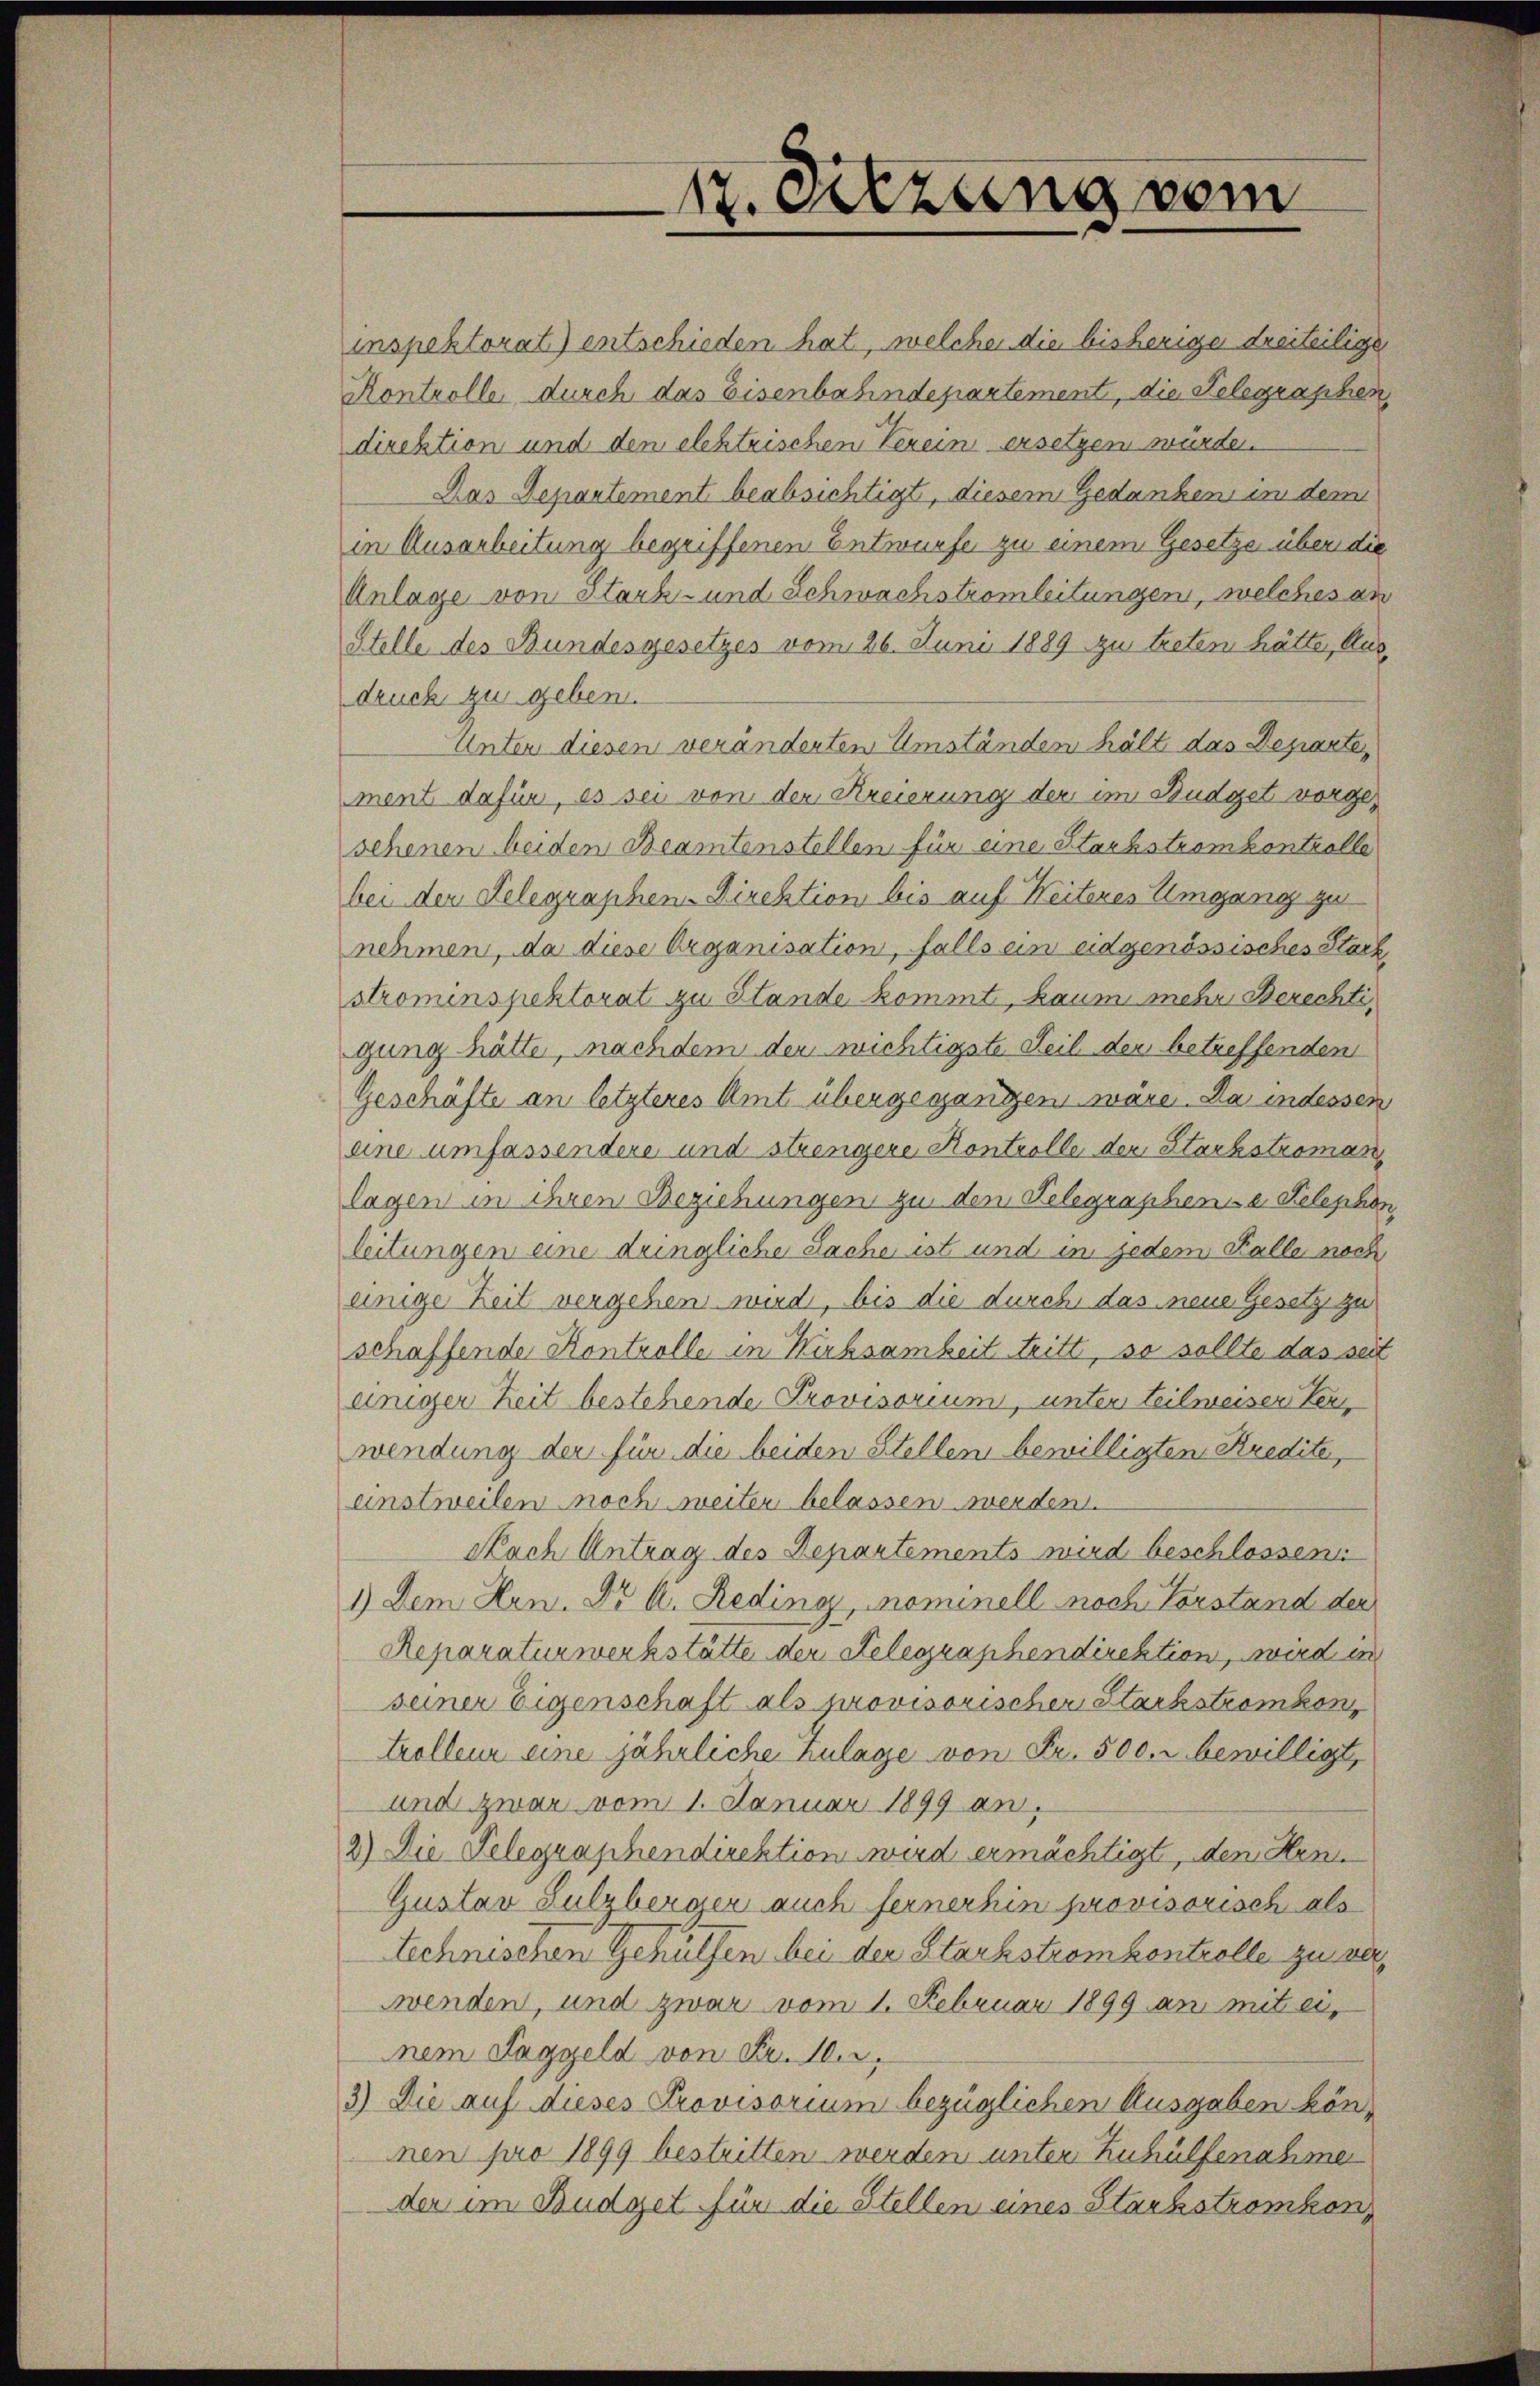
inspektorat) entschieden hat, welcher die bisheriger dreiteiliger
Kontrolle durch das Eisenbahndepartement, die Telegraphen
direktion und den elektrischen Verein ersetzen würden.
Das Departement beabsichtigt, diesem Gedanken im dem
in Ausarbeitung begriffenen Entwurfe zu einem Gesetze über die
Anlage von Stark- und Schwachstromleitungen, welches an
Stelle des Bundesgesetzes vom 26. Junii 1889 zu treten hätte, Ausdruck zu geben.
Unter diesen veränderten Umständen hält das Departe,
ment dafür, es sei von der Kreierung der im Budget vorgesehenen beiden Beamtenstellen für eine Starbstromkontrolle
bei der Telegraphen-Direktion bis auf Weiteres Umgang zu
nehmen, da diese Organisation, falls ein eidgenössisches Stack,
strominspektorat zu Stande kommt, kaum mehr Berechtigung hätte, nachdem der wichtigste Teil der betreffenden
Geschäfte an letzteres Amt übergegangen wäre. Da indessen
eine umfassendere und strengere Kontrolle der Stackstroman
lagen in ihren Beziehungen zu den Telegraphene Felepho
leitungen eine dringliche Sache ist und in jedem Falle noch
einige Zeit vergehen wird, bis die durch das neue Gesetz zu
schaffende Kontrolle in Kuhsamkeit tritt, so sollte das seit
einiger Zeit bestehende Provisorium, unter teilweiser Verwendung der für die beiden Stellen bewilligten Kredite,
einstweilen noch weiter belassen werden.
Nach Antrag des Departements wird beschlossen
1) Dem Hen. Dr A. Reding, nominell noch Vorstand der
Reparaturwerkstätte der Telegraphendirektion, wird in
seiner Eigenschaft als provisorischer Starkströmkon,
trolleur eine jährliche Zulage von Fr. 500. bewilligt,
und zwar vom 1. Januar 1899 an,
2) Die Telegraphendirektion wird ermächtigt, den Hen
Gustav Sulzberger auch fernerhin provisorisch als
technischen Gehülfen bei der Stackstromkontrolle zu verwenden, und zwar vom 1. Februar 1899 an mit einem Taggeld von Fr. 1.
3.) Die auf dieses Provisorium bezüglichen Ausgaben kön-
nen pro 1899 bestritten werden unter Zuhülfenahme
der im Budget für die Stellen eines Stackströmkon

17. Setzung vom